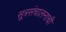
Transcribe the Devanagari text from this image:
सूत्रसंचालनाची